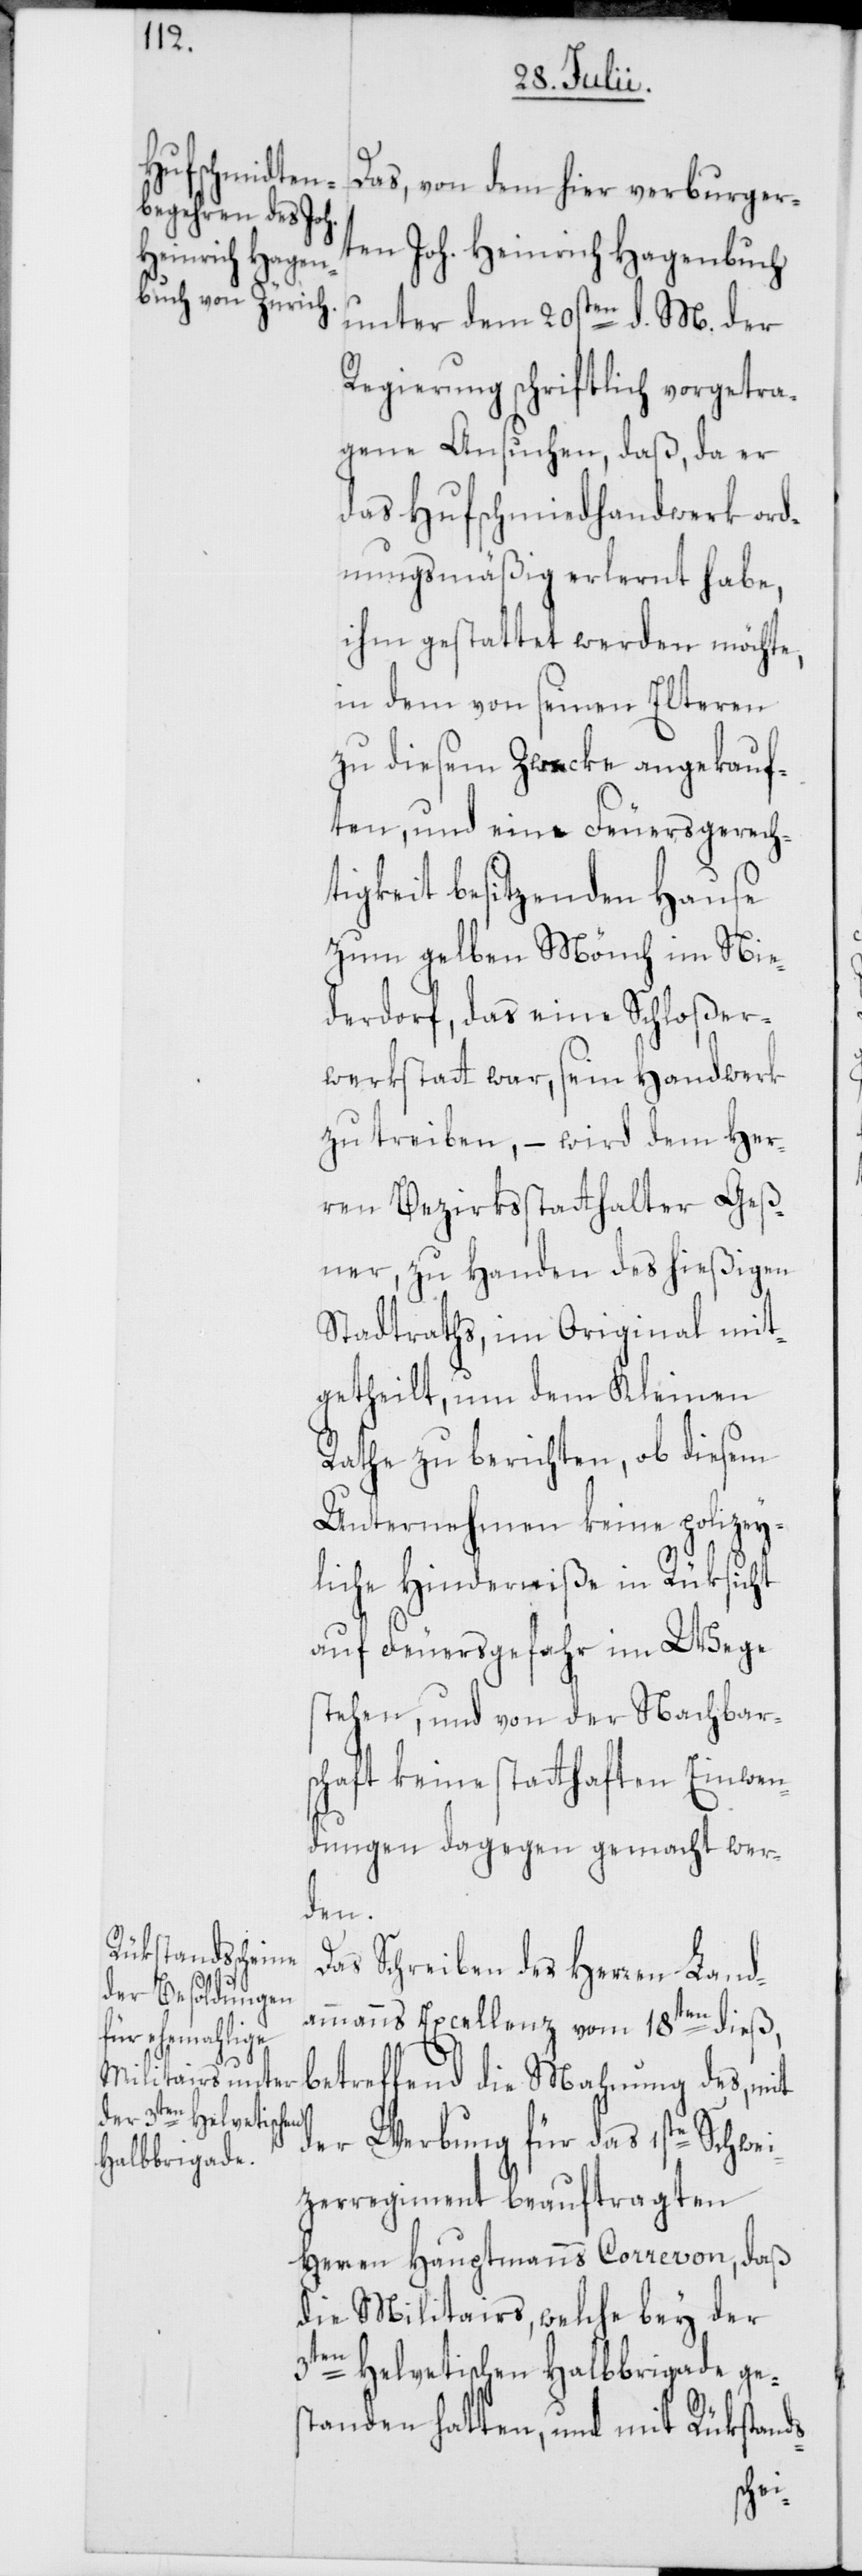
Das, von dem hier verburger¬
ten Joh. Heinrich Hagenbuch
unter dem 20sten d. M. der
Regierung schriftlich vorgetra¬
gene Ansuchen, daß, da der
das Hufschmiedhandwerk ord¬
nungsmäßig erlernt habe,
ihm gestattet werden möchte,
in dem von seinen Elteren
zu diesem Zwecke angekauf¬
ten, und eine Feuersgerech¬
tigkeit besitzenden Hause
zum gelben Mönch im Nie¬
derdorf, das eine Schloßer¬
werkstatt war, sein Handwerk
zu treiben, – wird dem Her¬
ren Bezirksstatthalter Geß¬
ner, zu Handen des hießigen
Stadtraths, im Original mit¬
getheilt, um dem Kleinen
Rathe zu berichten, ob diesem
Unternehmen keine polizey¬
liche Hinderniße in Rüksicht
auf Feuersgefahr im Wege
stehen, und von der Nachbar¬
schaft keine statthaften Einwen¬
dungen dagegen gemacht wer¬
den.
Das Schreiben des Herren Land¬
ammanns Excellenz vom 18ten dieß,
betreffend die Mahnung des, mit
der Werbung für das 1ste Schwei¬
tzerregiment beauftragten
Herren Hauptmanns Correvon, daß
die Militairs, welche bey der
s-
3ten helvetischen Halbbrigade ge¬
standen hatten, und mit Rükstand¬